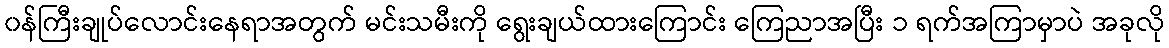
၀န်ကြီးချုပ်လောင်းနေရာအတွက် မင်းသမီးကို ရွေးချယ်ထားကြောင်း ကြေညာအပြီး ၁ ရက်အကြာမှာပဲ အခုလို